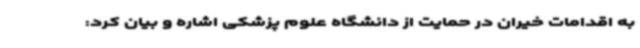
به اقدامات خیران در حمایت از دانشگاه علوم پزشکی اشاره و بیان کرد: